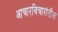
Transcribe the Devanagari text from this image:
आचारविचारांतील